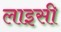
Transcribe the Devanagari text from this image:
लाइसी